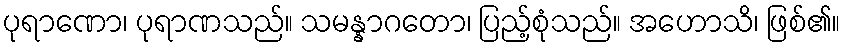
ပုရာဏော၊ ပုရာဏသည်။ သမန္နာဂတော၊ ပြည့်စုံသည်။ အဟောသိ၊ ဖြစ်၏။